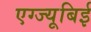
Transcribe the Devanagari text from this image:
एग्ज्यूबिई